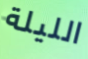
الليلة